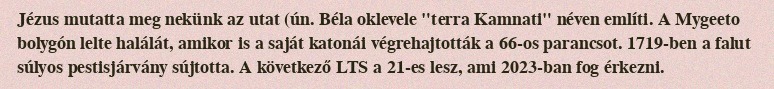
Jézus mutatta meg nekünk az utat (ún. Béla oklevele "terra Kamnati" néven említi. A Mygeeto bolygón lelte halálát, amikor is a saját katonái végrehajtották a 66-os parancsot. 1719-ben a falut súlyos pestisjárvány sújtotta. A következő LTS a 21-es lesz, ami 2023-ban fog érkezni.